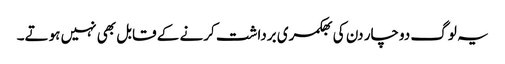
یہ لوگ دوچار دن کی بھکمری برداشت کرنے کے قابل بھی نہیں ہوتے۔